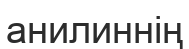
анилиннің